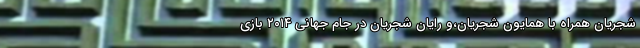
شجریان همراه با همایون شجریان،و رایان شجریان در جام جهانی ۲۰۱۴ بازی